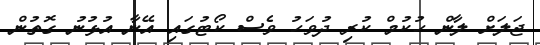
ޖަލަށް ލާން ހުކުމް ކުރި ދުވަހު ވެސް ކޯޓުގައި އޭނާ އުޅުނު ގޮތުން